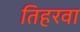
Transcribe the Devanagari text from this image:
तिहरवा